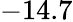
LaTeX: -14.7